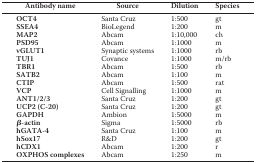
<table><thead><tr><td><b>Antibody name</b></td><td><b>Source</b></td><td><b>Dilution</b></td><td><b>Species</b></td></tr></thead><tbody><tr><td><b>OCT4</b></td><td>Santa Cruz</td><td>1:500</td><td>gt</td></tr><tr><td><b>SSEA4</b></td><td>BioLegend</td><td>1:200</td><td>m</td></tr><tr><td><b>MAP2</b></td><td>Abcam</td><td>1:10,000</td><td>ch</td></tr><tr><td><b>PSD95</b></td><td>Abcam</td><td>1:1000</td><td>m</td></tr><tr><td><b>vGLUT1</b></td><td>Synaptic systems</td><td>1:1000</td><td>rb</td></tr><tr><td><b>TUJ1</b></td><td>Covance</td><td>1:1000</td><td>m/rb</td></tr><tr><td><b>TBR1</b></td><td>Abcam</td><td>1:500</td><td>rb</td></tr><tr><td><b>SATB2</b></td><td>Abcam</td><td>1:100</td><td>m</td></tr><tr><td><b>CTIP</b></td><td>Abcam</td><td>1:500</td><td>rat</td></tr><tr><td><b>VCP</b></td><td>Cell Signalling</td><td>1:1000</td><td>m</td></tr><tr><td><b>ANT1/2/3</b></td><td>Santa Cruz</td><td>1:200</td><td>gt</td></tr><tr><td><b>UCP2 (C-20)</b></td><td>Santa Cruz</td><td>1:200</td><td>gt</td></tr><tr><td><b>GAPDH</b></td><td>Ambion</td><td>1:5000</td><td>m</td></tr><tr><td><b>β-actin</b></td><td>Sigma</td><td>1:5000</td><td>rb</td></tr><tr><td><b>hGATA-4</b></td><td>Santa Cruz</td><td>1:100</td><td>m</td></tr><tr><td><b>hSox17</b></td><td>R&amp;D</td><td>1:200</td><td>gt</td></tr><tr><td><b>hCDX1</b></td><td>Abcam</td><td>1:200</td><td>r</td></tr><tr><td><b>OXPHOS complexes</b></td><td>Abcam</td><td>1:250</td><td>m</td></tr></tbody></table>